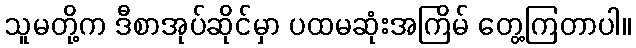
သူမတို့က ဒီစာအုပ်ဆိုင်မှာ ပထမဆုံးအကြိမ် တွေ့ကြတာပါ။